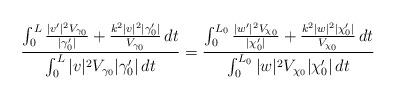
LaTeX: \begin{align*}\frac{\int_0^L \frac{|v'|^2 V_{\gamma_0}}{|\gamma_0'|} + \frac{k^2 |v|^2 | \gamma_0'|}{V_{\gamma_0}} \,dt}{\int_0^L |v|^2 V_{\gamma_0} |\gamma_0'| \,dt}= \frac{\int_0^{L_0} \frac{|w'|^2 V_{\chi_0}}{|\chi_0'|} + \frac{k^2 |w|^2 | \chi_0'|}{V_{\chi_0}} \,dt}{\int_0^{L_0} |w|^2 V_{\chi_0} |\chi_0'| \,dt}\end{align*}